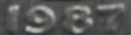
1987